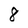
Character: 8